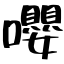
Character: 嚶